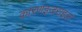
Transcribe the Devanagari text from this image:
कारणइजराइल